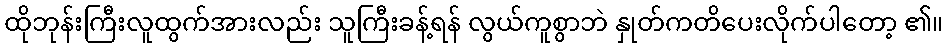
ထိုဘုန်းကြီးလူထွက်အားလည်း သူကြီးခန့်ရန် လွယ်ကူစွာဘဲ နှုတ်ကတိပေးလိုက်ပါတော့ ၏။